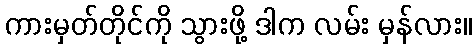
ကားမှတ်တိုင်ကို သွားဖို့ ဒါက လမ်း မှန်လား။